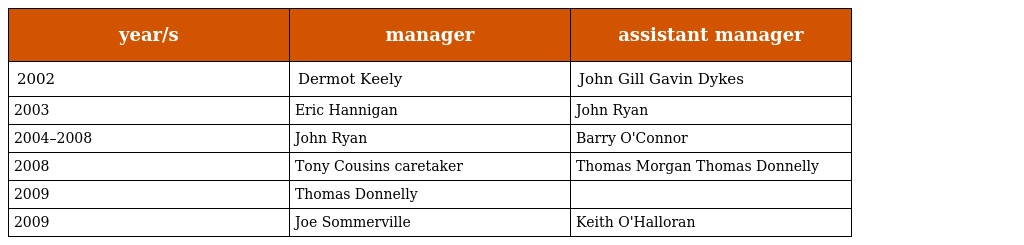
| year/s | manager | assistant manager |
 | --- | --- | --- |
 | 2002 | Dermot Keely | John Gill Gavin Dykes |
 | 2003 | Eric Hannigan | John Ryan |
 | 2004–2008 | John Ryan | Barry O'Connor |
 | 2008 | Tony Cousins caretaker | Thomas Morgan Thomas Donnelly |
 | 2009 | Thomas Donnelly |  |
 | 2009 | Joe Sommerville | Keith O'Halloran |